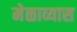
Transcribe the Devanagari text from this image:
मेळाव्यास